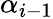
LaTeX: \alpha_{i-1}